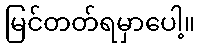
မြင်တတ်ရမှာပေါ့။